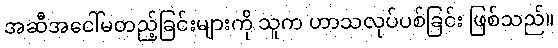
အဆီအငေါ်မတည့်ခြင်းများကို သူက ဟာသလုပ်ပစ်ခြင်း ဖြစ်သည်။